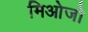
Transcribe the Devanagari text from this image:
मिओजो